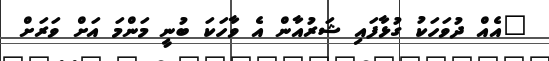
"އެއް ދުވަހަކު ގުޅާފައި ޝަރުއާން އެ ވާހަކަ ބުނީ މަންމަ އަށް ވަރަށް